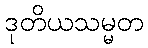
ဒုတိယသမ္မတ